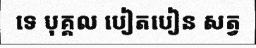
ទេ បុគ្គល បៀតបៀន សត្វ